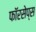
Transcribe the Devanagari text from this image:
फॉरसेप्स